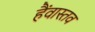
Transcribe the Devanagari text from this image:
हैंवास्तव